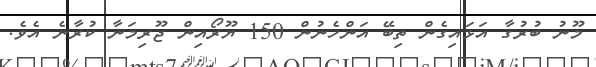
މޫނު ބުރުގާ އަޅައިގެން ތިބޭ އަންހެނުން 150 ޔޫރޯއިން ޖޫރިމަނާ ކުރާނެ އެވެ.